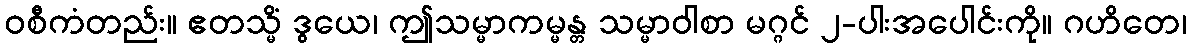
ဝစီကံတည်း။ ဧတသ္မိံ ဒွယေ၊ ဤသမ္မာကမ္မန္တ သမ္မာဝါစာ မဂ္ဂင် ၂-ပါးအပေါင်းကို။ ဂဟိတေ၊